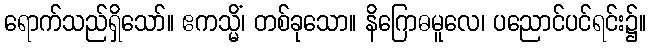
ရောက်သည်ရှိသော်။ ဧကသ္မိံ၊ တစ်ခုသော။ နိဂြောဓမူလေ၊ ပညောင်ပင်ရင်း၌။